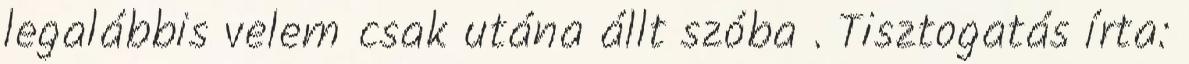
legalábbis velem csak utána állt szóba . Tisztogatás írta: